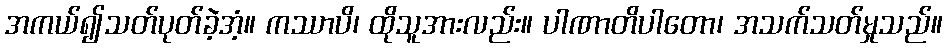
အကယ်၍သတ်ပုတ်ခဲ့အံ့။ ကဿာပိ၊ ထိုသူအားလည်း။ ပါဏာတိပါတော၊ အသက်သတ်မှုသည်။